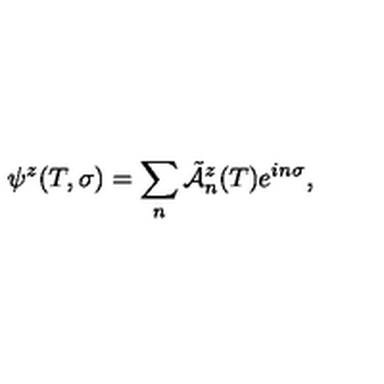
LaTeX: \psi ^ { z } ( T , \sigma ) = \sum _ { n } \tilde { \cal A } \vphantom { \cal A } _ { n } ^ { z } ( T ) e ^ { i n \sigma } ,